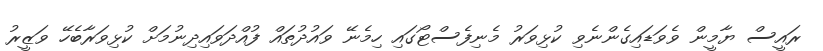
ރައީސް ޔާމީން ވެވަޑައިގެންނެވި ކުޅިިވަރު މެނިފެސްޓޯގައި ހިމެނޭ ވައުދުތައް ފުއްދަވައިދިނުމަށް ކުޅިވަރާބެހޭ ވަޒީރު